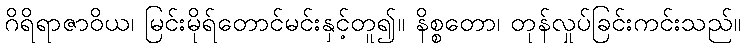
ဂိရိရာဇာဝိယ၊ မြင်းမိုရ်တောင်မင်းနှင့်တူ၍။ နိစ္စတော၊ တုန်လှုပ်ခြင်းကင်းသည်။